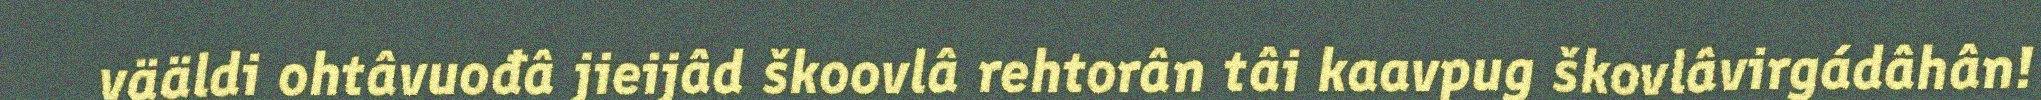
vääldi ohtâvuođâ jieijâd škoovlâ rehtorân tâi kaavpug škovlâvirgádâhân!